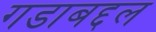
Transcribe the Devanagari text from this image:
गडाबद्दल